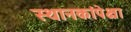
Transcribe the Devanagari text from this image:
स्थानकांपेक्षा